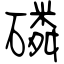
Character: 磷